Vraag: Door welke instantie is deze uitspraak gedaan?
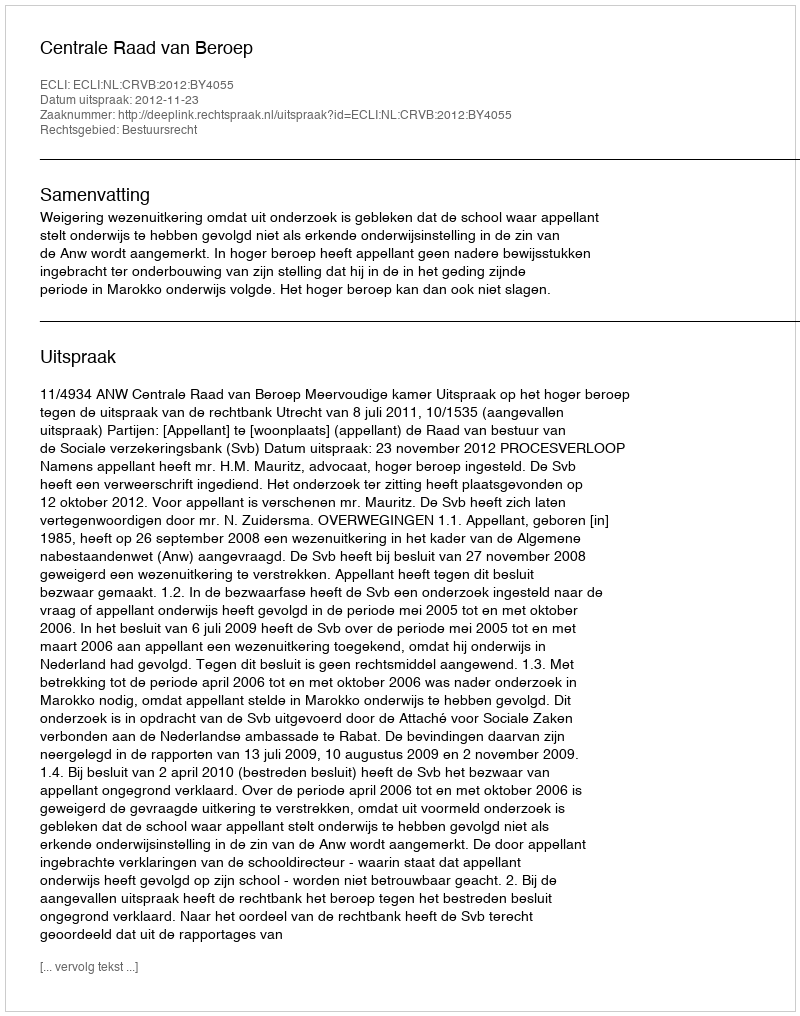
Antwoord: Centrale Raad van Beroep